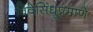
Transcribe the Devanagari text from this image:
विवेसिंधूप्रमाणे